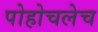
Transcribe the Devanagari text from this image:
पोहोचलेच